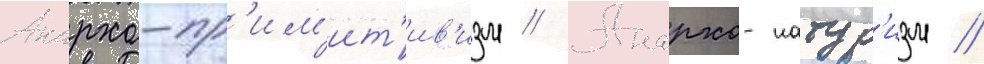
Анархо-пр'им'ит'ив'изм // Анархо-натур'изм //